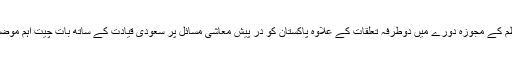
وزیراعظم کے مجوزہ دورے میں دوطرفہ تعلقات کے علاوہ پاکستان کو در پیش معاشی مسائل پر سعودی قیادت کے ساتھ بات چیت اہم موضوع ہوگا۔